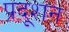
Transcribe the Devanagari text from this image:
प्रदूशन